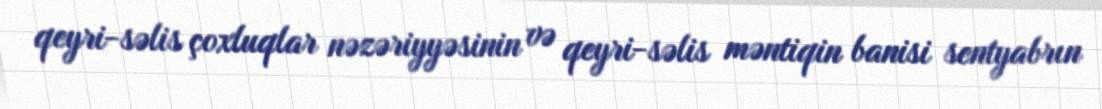
qeyri-səlis çoxluqlar nəzəriyyəsinin və qeyri-səlis məntiqin banisi sentyabrın